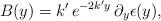
LaTeX: \begin{align*}B(y)=k'\,e^{-2k'y}\,\partial_y\epsilon(y), \end{align*}